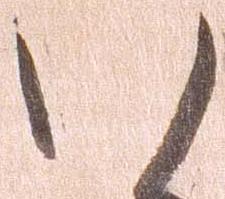
い